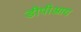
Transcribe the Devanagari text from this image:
डीपीआय